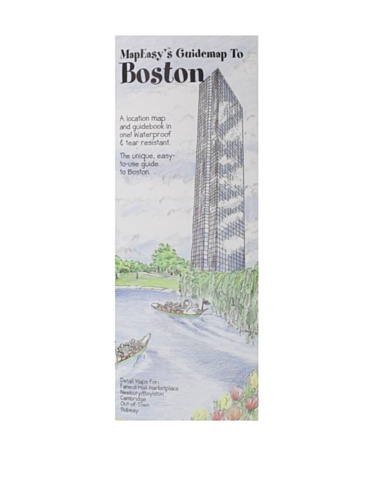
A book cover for MapEasy's Guidemap to Boston; MapEasy; Travel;